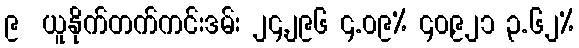
၉  ယူနိုက်တက်ကင်းဒမ်း ၂၄,၂၉၆ ၄.၀၉% ၄၀,၉၂၁ ၃.၆၂%